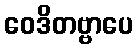
ဝေဒိတဗ္ဗာပေ